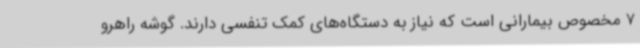
7 مخصوص بیمارانی است که نیاز به دستگاه‌های کمک تنفسی دارند. گوشه راهرو